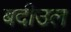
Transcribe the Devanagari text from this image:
बदीउल